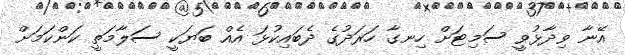
އޭނާ ވިދާޅުވީ ސަމިޓަށް ހިނގާ ހަރަދުގެ ދެބައިކުޅަ އެއް ބަޔަކީ ސަލާމަތީ ކަންކަމަށް